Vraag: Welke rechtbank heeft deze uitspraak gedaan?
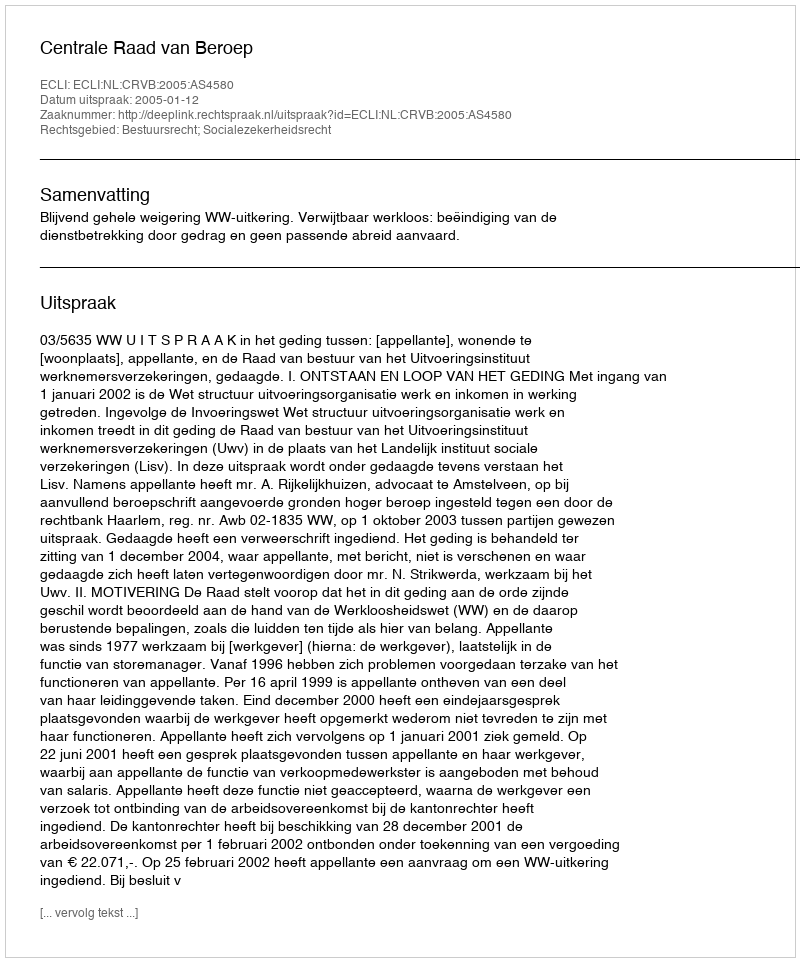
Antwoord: Centrale Raad van Beroep